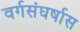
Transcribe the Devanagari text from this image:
वर्गसंघर्षास